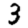
Digit: 3